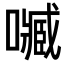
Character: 𡁧